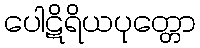
ပေါဋိရိယပုတ္တော